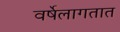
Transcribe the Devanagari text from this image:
वर्षेलागतात